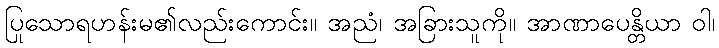
ပြုသောရဟန်းမ၏လည်းကောင်း။ အညံ၊ အခြားသူကို။ အာဏာပေန္တိယာ ဝါ၊